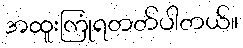
အထူးကြုံရတတ်ပါတယ်။